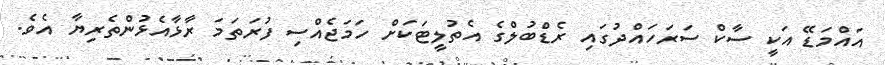
އައްމަޑޭ އަކީ ސާކް ސަރަހައްދުގައި ރެޑްބުލްގެ އެތުލީޓަކަށް ހަމަޖެއްސި ފުރަތަމަ ރާޅާއެޅުންތެރިޔާ އެވެ.